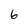
Character: 6